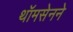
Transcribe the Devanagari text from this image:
थॉमसेनने